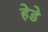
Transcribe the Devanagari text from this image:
हेडे